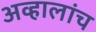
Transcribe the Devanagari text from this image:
अव्हालांच